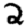
Digit: 2